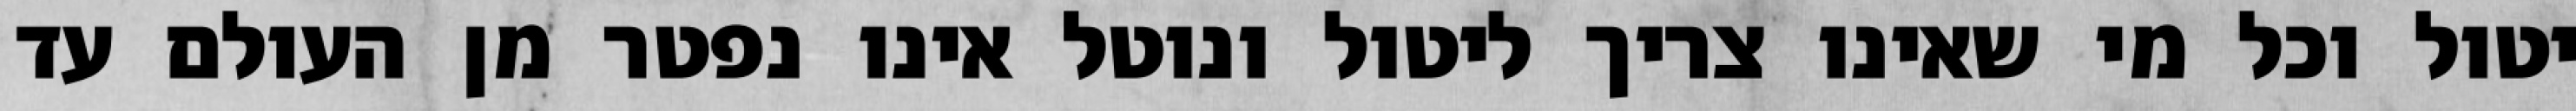
יטול וכל מי שאינו צריך ליטול ונוטל אינו נפטר מן העולם עד